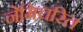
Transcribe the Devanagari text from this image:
नेमिचरित